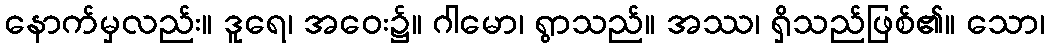
နောက်မှလည်း။ ဒူရေ၊ အဝေး၌။ ဂါမော၊ ရွာသည်။ အဿ၊ ရှိသည်ဖြစ်၏။ သော၊